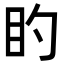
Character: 𪾠